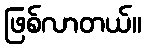
ဖြစ်လာတယ်။